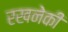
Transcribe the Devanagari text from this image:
रखनेकी